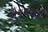
એચએસડી